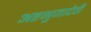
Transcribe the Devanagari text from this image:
अष्टभुजादेवी